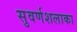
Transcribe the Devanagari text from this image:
सुवर्णशलाका